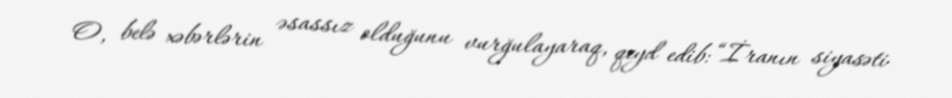
O, belə xəbərlərin əsassız olduğunu vurğulayaraq, qeyd edib: “İranın siyasəti